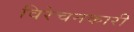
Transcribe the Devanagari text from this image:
विरेचनकारी